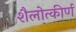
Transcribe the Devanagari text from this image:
शैलोत्कीर्ण